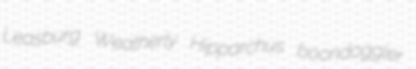
Leasburg Weatherly Hipparchus boondoggler